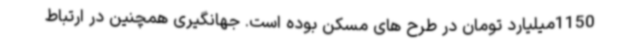
1150میلیارد تومان در طرح های مسکن بوده است. جهانگیری همچنین در ارتباط